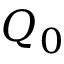
Q _ { 0 }